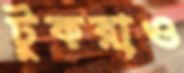
টুকরাও